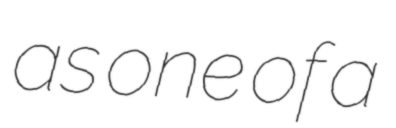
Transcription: as one of a